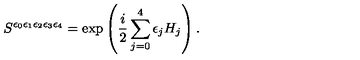
S ^ { \epsilon _ { 0 } \epsilon _ { 1 } \epsilon _ { 2 } \epsilon _ { 3 } \epsilon _ { 4 } } = \exp \left( \frac { i } { 2 } \sum _ { j = 0 } ^ { 4 } \epsilon _ { j } H _ { j } \right) .